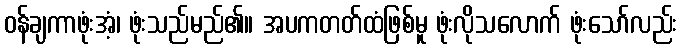
ဝန်ချကာဖုံးအံ့၊ ဖုံးသည်မည်၏။ အပကတတ်ထံဖြစ်မူ ဖုံးလိုသလောက် ဖုံးသော်လည်း